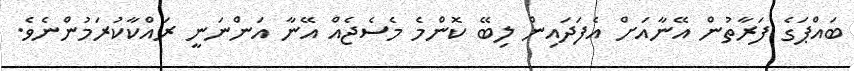
ބައްޕަގެ ފަރާތުން އޭނާއަށް އެފަދައިން ލިބޭ ކޮންމެ މެސެޖެއް އޭނާ އަންނަނީ ރައްކާކުރަމުންނެވެ.